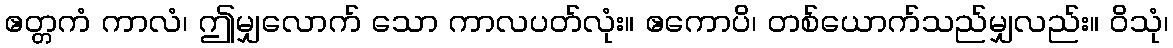
ဧတ္တကံ ကာလံ၊ ဤမျှလောက် သော ကာလပတ်လုံး။ ဧကောပိ၊ တစ်ယောက်သည်မျှလည်း။ ဝိသုံ၊